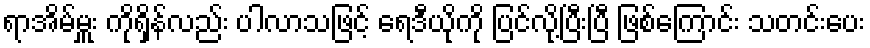
ရာအိမ်မှူး ကိုရှိန်လည်း ပါလာသဖြင့် ရေဒီယိုကို ပြင်လို့ပြီးပြီ ဖြစ်ကြောင်း သတင်းပေး